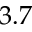
3 . 7